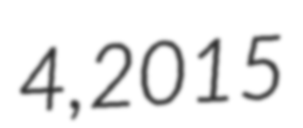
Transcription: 4, 2015